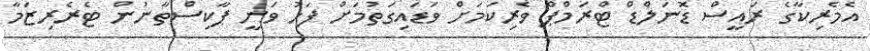
އެމެރިކާގެ ރައީސް ޑޮނަލްޑް ޓްރަމްޕް ވެރިކަމަށް ވަޑައިގަތުމަށް ފަހު ވަނީ ޕާކިސްތާނުން ޓެރެރިޒަމާ